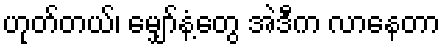
ဟုတ်တယ်၊ မျှော်နံ့တွေ အဲဒီက လာနေတာ